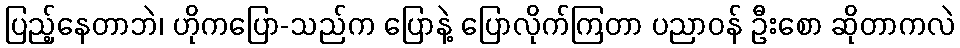
ပြည့်နေတာဘဲ၊ ဟိုကပြော-သည်က ပြောနဲ့ ပြောလိုက်ကြတာ ပညာဝန် ဦးစော ဆိုတာကလဲ